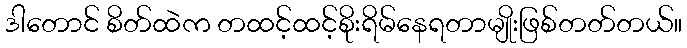
ဒါတောင် စိတ်ထဲက တထင့်ထင့်စိုးရိမ်နေရတာမျိုးဖြစ်တတ်တယ်။